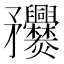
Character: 𥎤